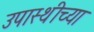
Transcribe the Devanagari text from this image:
उपास्थीच्या